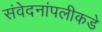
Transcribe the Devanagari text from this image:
संवेदनांपलीकडे